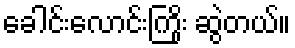
ခေါင်းလောင်းကြိုး ဆွဲတယ်။